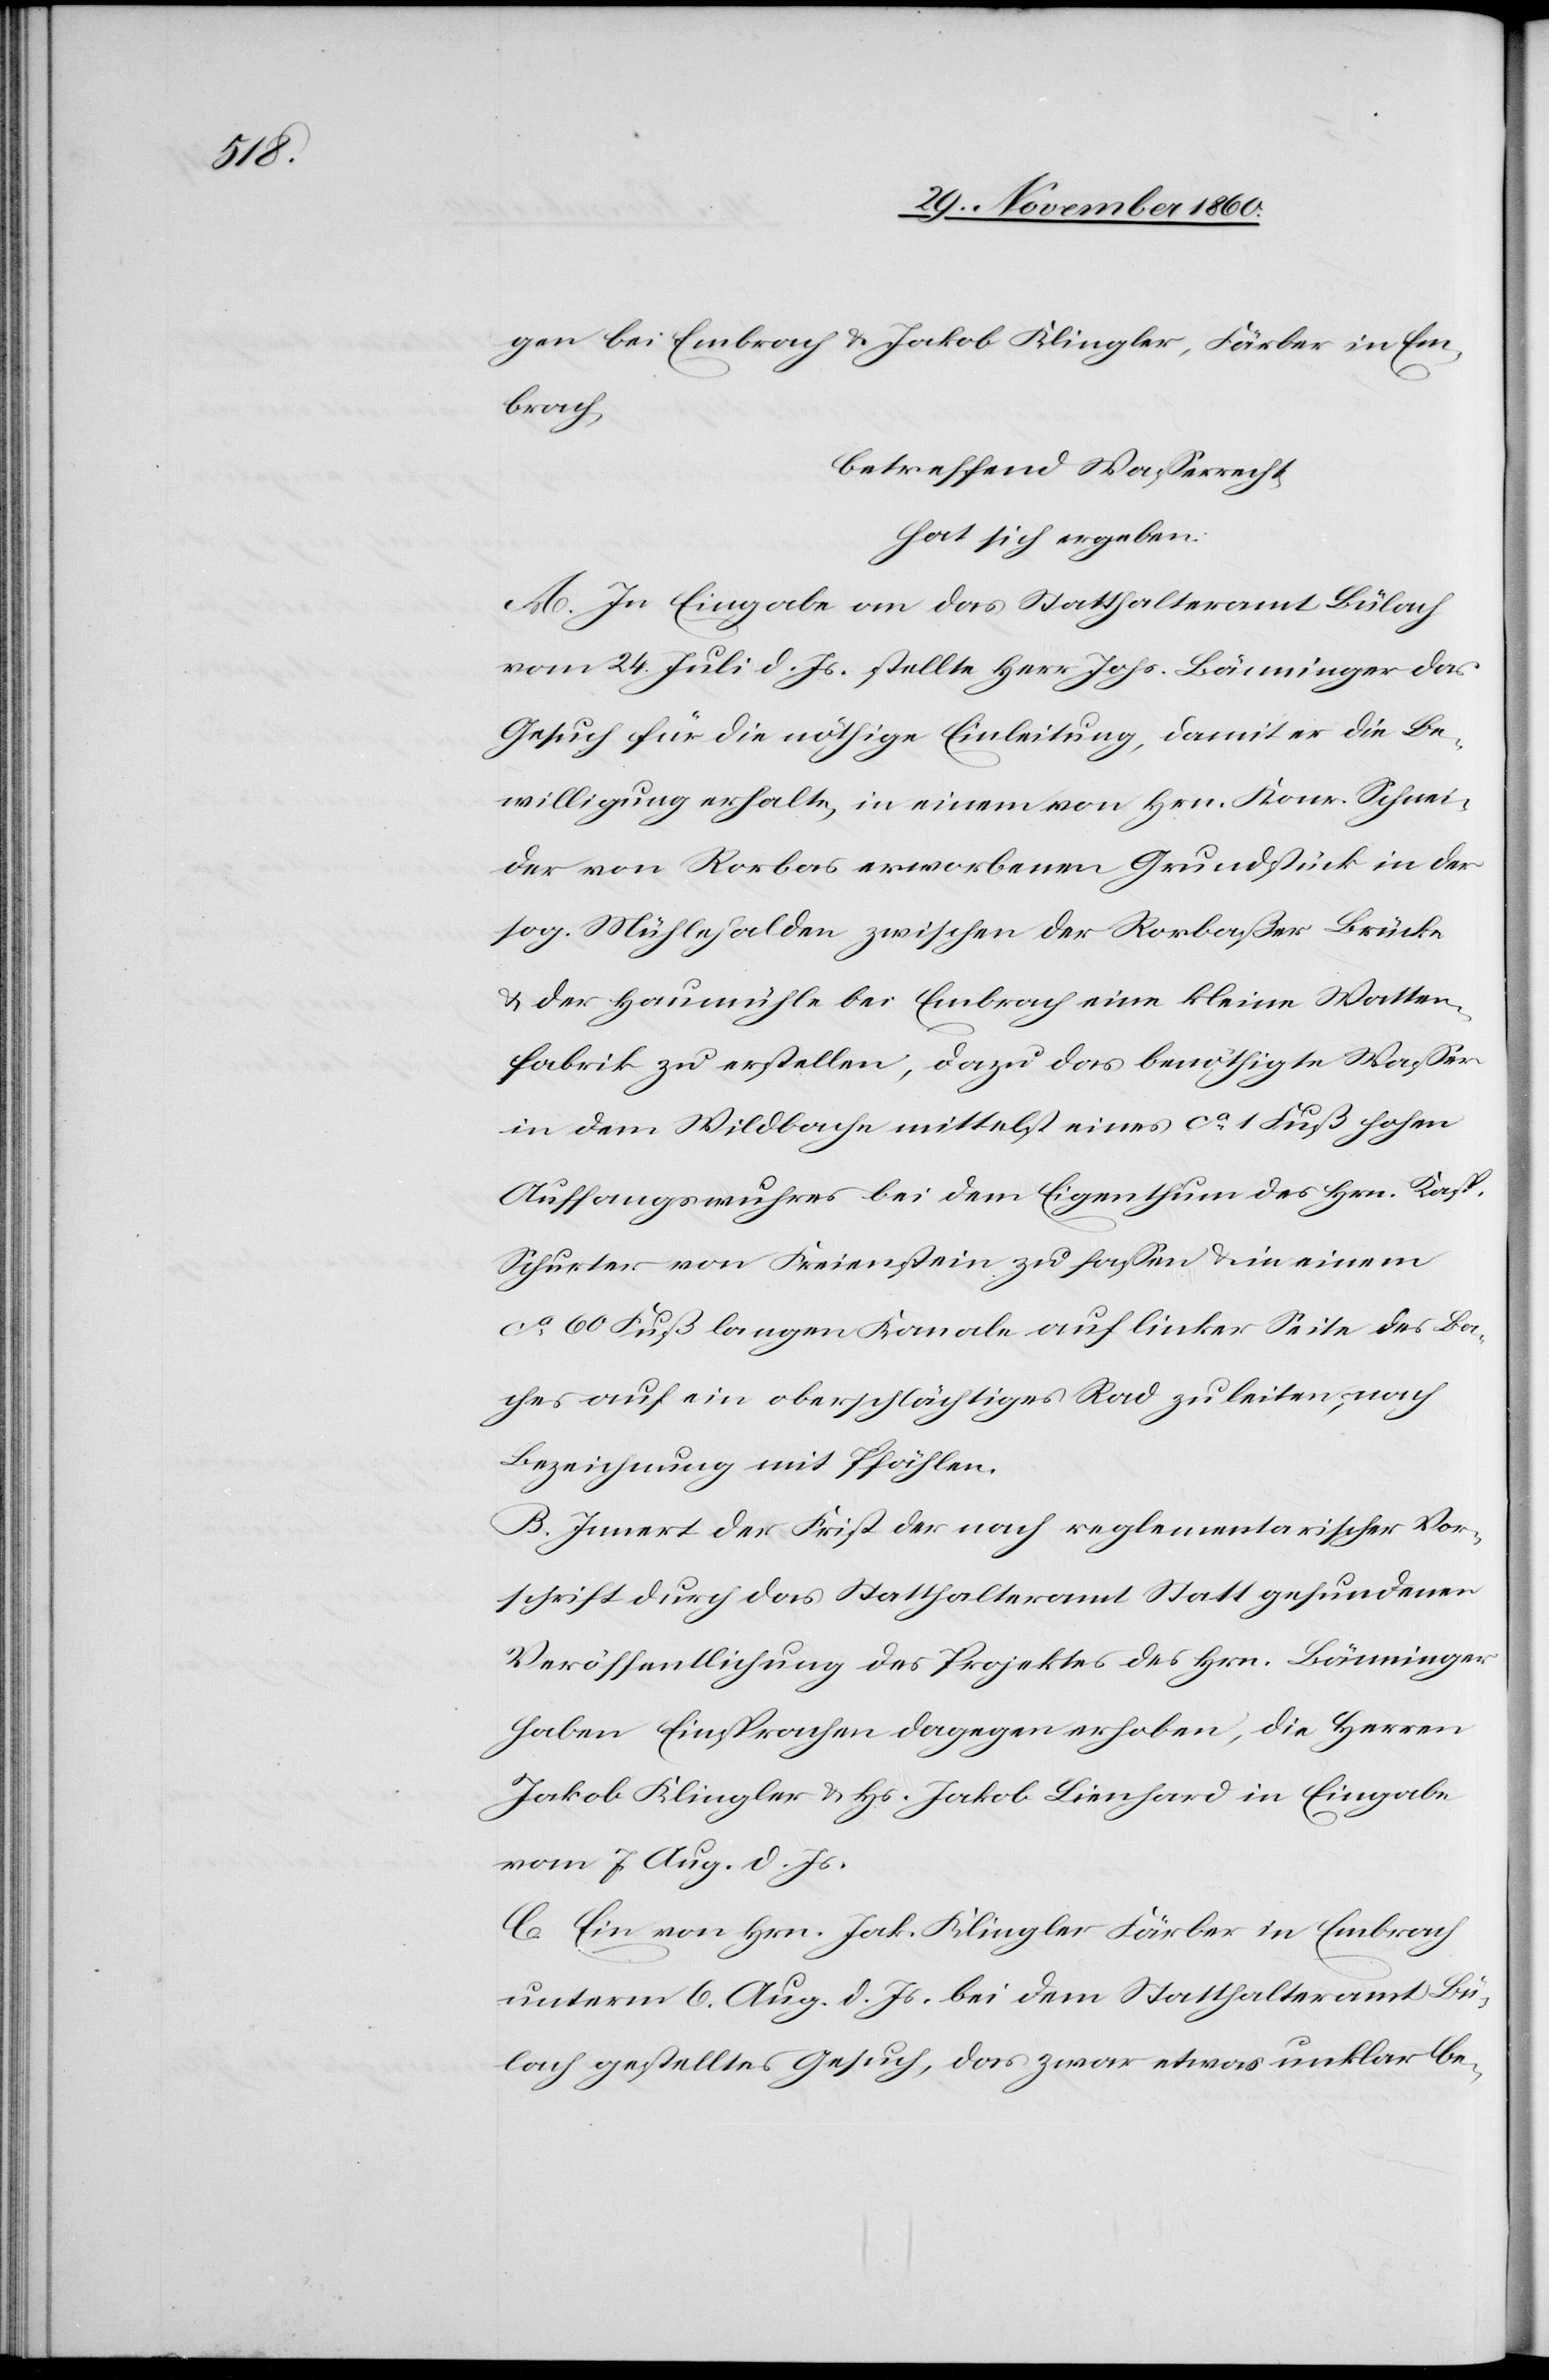
gen bei Embrach u. Jakob Klingler, Färber in Em¬
brach,
betreffend Wasserrecht
hat sich ergeben:
A. In Eingabe an das Statthalteramt Bülach
vom 24. Juli d. Js. stellte Herr Johs. Bänninger das
Gesuch für die nöthige Einleitung, damit er die Be¬
willigung erhalte, in einem von Hrn. Konr. Schnei¬
der von Rorbas erworbenen Grundstück in der
sog. Mühlehalden zwischen der Rorbaßer Brücke
u. der Haumühle bei Embrach eine kleine Watten¬
fabrik zu erstellen, dazu das benöthigte Wasser
in dem Wildbache mittelst eines ca 1 Fuß hohen
Auffangswuhres bei dem Eigenthum des Hrn. Kasp.
Schurter von Freienstein zu fassen u. in einem
ca 60 Fuß langen Kanale auf linker Seite des Ba¬
ches auf ein oberschlächtiges Rad zu leiten, nach
Bezeichnung mit Pfählen.
B. Innert der Frist der nach reglementarischer Vor¬
schrift durch das Statthalteramt Statt gefundenen
Veröffentlichung des Projektes des Hrn. Bänninger
haben Einsprachen dagegen erhoben, die Herren
Jakob Klingler u. Hs. Jakob Lienhard in Eingabe
vom 7. Aug. d. Js.
C. Ein von Hrn. Jak. Klingler Färber in Embrach
unterm 6. Aug. d. Js. bei dem Statthalteramt Bü¬
lach gestelltes Gesuch, das zwar etwas unklar be-